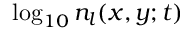
\log _ { 1 0 } n _ { l } ( x , y ; t )